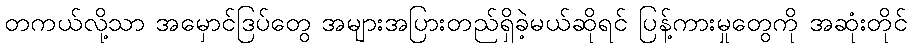
တကယ်လို့သာ အမှောင်ဒြပ်တွေ အများအပြားတည်ရှိခဲ့မယ်ဆိုရင် ပြန့်ကားမှုတွေကို အဆုံးတိုင်